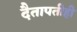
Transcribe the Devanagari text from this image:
दैतापतीही